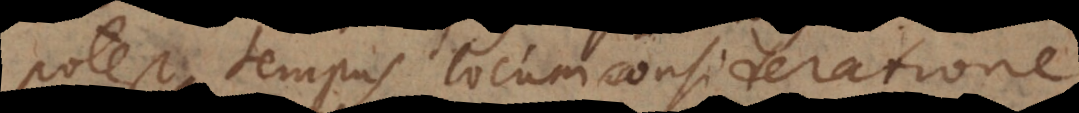
potest tempus locum consideratione